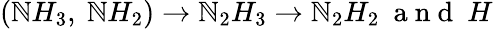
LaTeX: (\mathbb{N}H_{3},\ \mathbb{N}H_{2})\rightarrow\mathbb{N}_{2}H_{3}\rightarrow\mathbb{N}_{2}H_{2}~\mathrm{{~a~n~d~}}~H